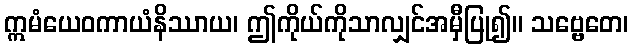
ဣမံယေဝကာယံနိဿာယ၊ ဤကိုယ်ကိုသာလျှင်အမှီပြု၍။ သဗ္ဗေတေ၊